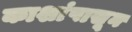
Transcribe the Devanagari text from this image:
काशांपासून